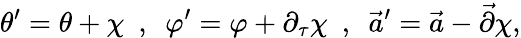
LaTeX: \theta^{\prime}=\theta+\chi\ \ ,\ \ \varphi^{\prime}=\varphi+\partial_{\tau}\chi\ \ ,\ \ \vec{a}^{\prime}=\vec{a}-\vec{\partial}\chi,